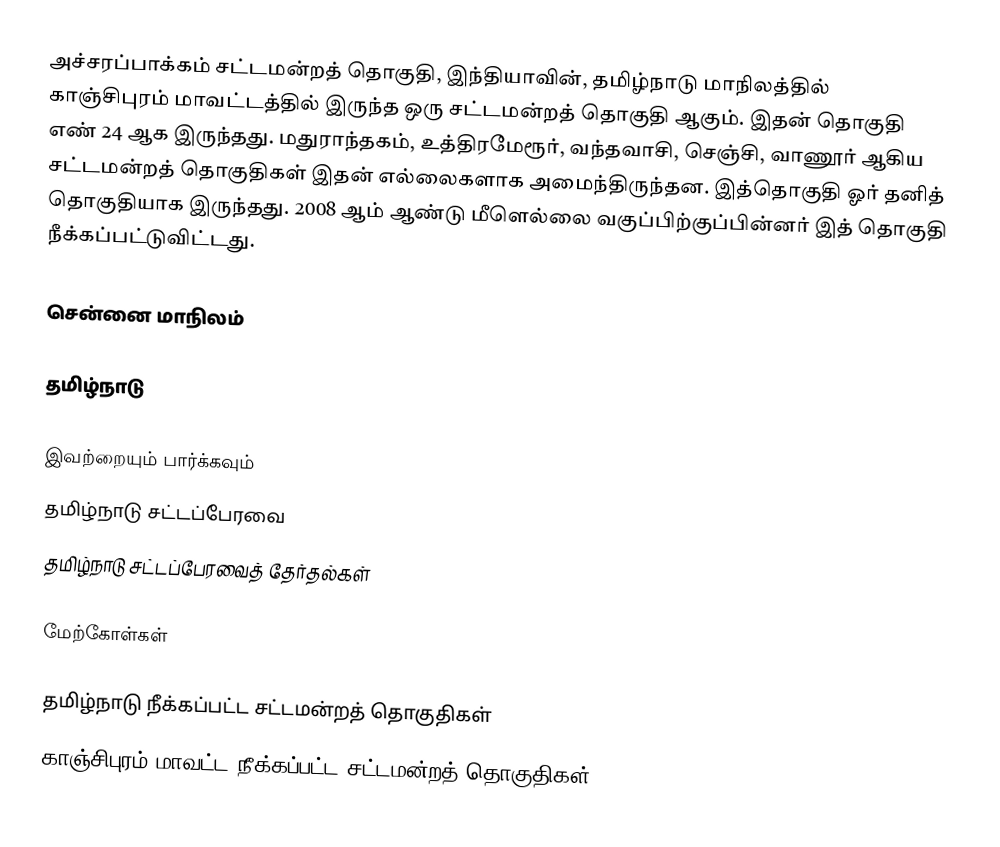
அச்சரப்பாக்கம் சட்டமன்றத் தொகுதி, இந்தியாவின், தமிழ்நாடு மாநிலத்தில்  காஞ்சிபுரம் மாவட்டத்தில் இருந்த ஒரு சட்டமன்றத் தொகுதி ஆகும். இதன் தொகுதி எண் 24 ஆக இருந்தது. மதுராந்தகம், உத்திரமேரூர், வந்தவாசி, செஞ்சி, வாணூர் ஆகிய சட்டமன்றத் தொகுதிகள் இதன் எல்லைகளாக அமைந்திருந்தன. இத்தொகுதி ஓர் தனித் தொகுதியாக இருந்தது. 2008 ஆம் ஆண்டு மீளெல்லை வகுப்பிற்குப்பின்னர் இத் தொகுதி நீக்கப்பட்டுவிட்டது.

சென்னை மாநிலம்

தமிழ்நாடு

இவற்றையும் பார்க்கவும்
 தமிழ்நாடு சட்டப்பேரவை
 தமிழ்நாடு சட்டப்பேரவைத் தேர்தல்கள்

மேற்கோள்கள்

தமிழ்நாடு நீக்கப்பட்ட சட்டமன்றத் தொகுதிகள்
காஞ்சிபுரம் மாவட்ட நீக்கப்பட்ட சட்டமன்றத் தொகுதிகள்